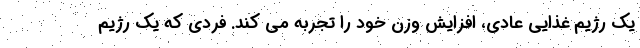
یک رژیم غذایی عادی، افزایش وزن خود را تجربه می کند. فردی که یک رژیم